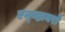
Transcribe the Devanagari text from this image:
एन्व्हायरो